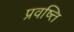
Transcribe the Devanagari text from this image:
प्रवष्त्ति